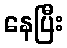
နေပြီး